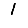
Digit: 1